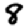
Digit: 8